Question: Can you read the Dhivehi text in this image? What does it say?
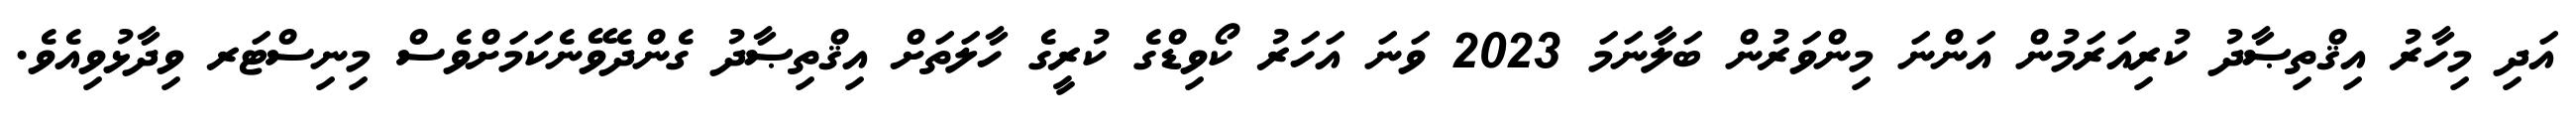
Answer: އަދި މިހާރު އިޤްތިޞާދު ކުރިއަރަމުން އަންނަ މިންވަރުން ބަލާނަމަ 2023 ވަނަ އަހަރު ކޯވިޑްގެ ކުރީގެ ހާލަތަށް އިޤްތިޞާދު ގެންދެވޭނެކަމަށްވެސް މިނިސްޓަރ ވިދާޅުވިއެވެ.